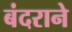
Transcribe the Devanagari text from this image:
बंदराने